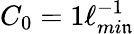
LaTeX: C_{0}=1\ell_{mi\mathfrak{n}}^{-1}